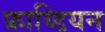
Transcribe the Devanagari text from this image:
फ्राय्डियन